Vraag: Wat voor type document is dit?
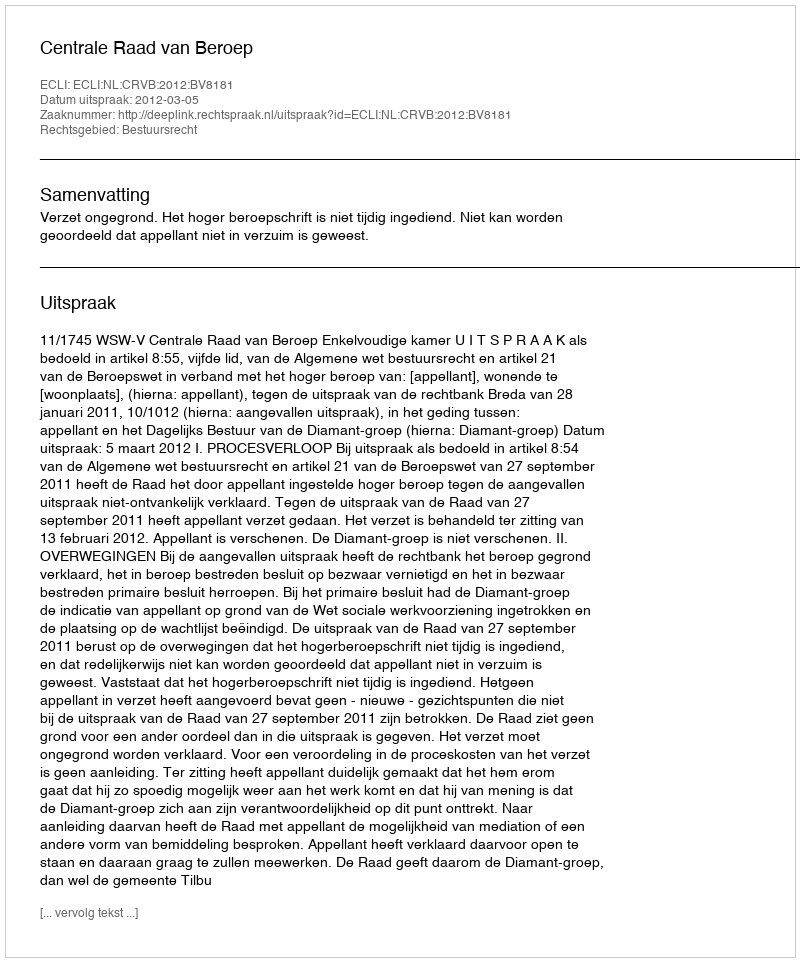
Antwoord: Uitspraak